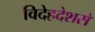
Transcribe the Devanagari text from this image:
विदेहदेशसे